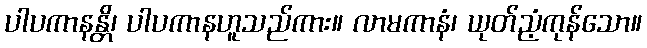
ပါပကာနန္တိ၊ ပါပကာနဟူသည်ကား။ လာမကာနံ၊ ယုတ်ညံ့ကုန်သော။